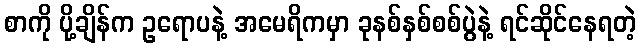
စာကို ပို့ချိန်က ဥရောပနဲ့ အမေရိကမှာ ခုနစ်နှစ်စစ်ပွဲနဲ့ ရင်ဆိုင်နေရတဲ့